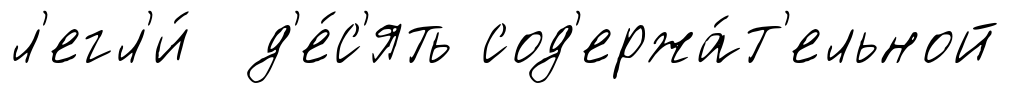
л'егл'и́ д'е́с'ять сод'ержа́т'ельной